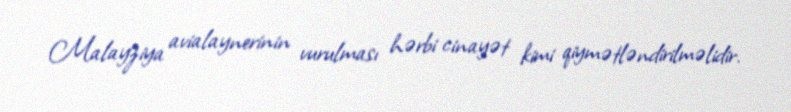
Malayziya avialaynerinin vurulması hərbi cinayət kimi qiymətləndirilməlidir.